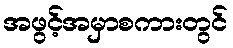
အဖွင့်အမှာစကားတွင်